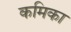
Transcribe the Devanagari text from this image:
कमिका